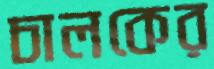
চালকের